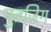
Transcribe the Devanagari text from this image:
मुतज़िग